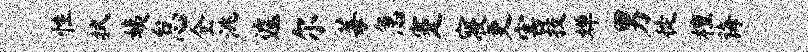
性拭姨怠全洮遽尔莓急蹇寝更害技婵男徙檀诲